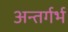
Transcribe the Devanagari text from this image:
अन्तर्गर्भ